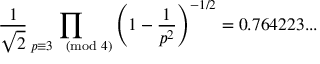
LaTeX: { \frac { 1 } { \sqrt { 2 } } } \prod _ { p \equiv 3 { \pmod { 4 } } } \left( 1 - { \frac { 1 } { p ^ { 2 } } } \right) ^ { - 1 / 2 } = 0 . 7 6 4 2 2 3 . . .